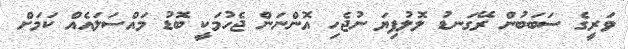
ވަރީގެ ސަބަބުން ރޭގަނޑު ލޮލުފިޔަ ނުޖެހި އޮންނަން ޖެހުމަކީ ބޮޑު މައްސަލައެއް ކަމަށް